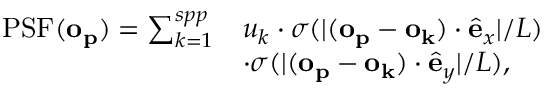
\begin{array} { r l } { \mathrm { P S F } ( \mathbf { o _ { p } } ) = \sum _ { k = 1 } ^ { s p p } } & { u _ { k } \cdot \sigma ( | ( \mathbf { o _ { p } } - \mathbf { o _ { k } } ) \cdot \hat { \mathbf { e } } _ { x } | / L ) } \\ & { \cdot \sigma ( | ( \mathbf { o _ { p } } - \mathbf { o _ { k } } ) \cdot \hat { \mathbf { e } } _ { y } | / L ) , } \end{array}